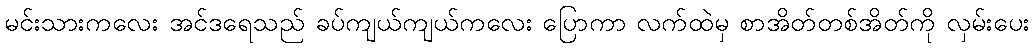
မင်းသားကလေး အင်ဒရေသည် ခပ်ကျယ်ကျယ်ကလေး ပြောကာ လက်ထဲမှ စာအိတ်တစ်အိတ်ကို လှမ်းပေး